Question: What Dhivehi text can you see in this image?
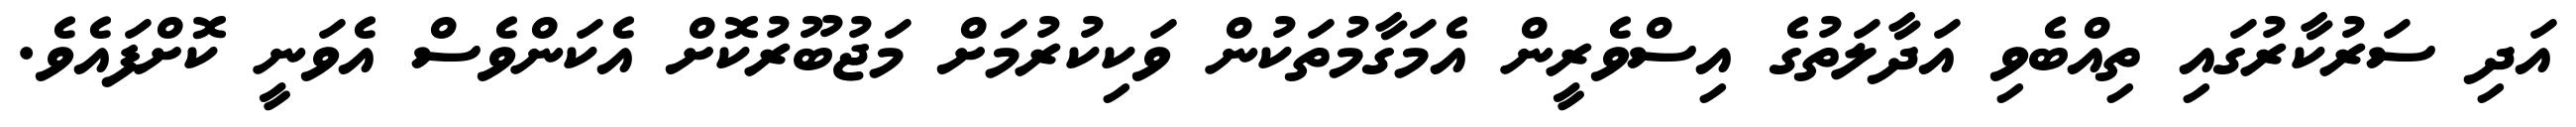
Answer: އަދި ސަރުކާރުގައި ތިއްބެވި އަދާލަތުގެ އިސްވެރީން އެމަގާމުތަކުން ވަކިކުރުމަށް މަޖުބޫރުކޮށް އެކަންވެސް އެވަނީ ކޮށްފައެވެ.